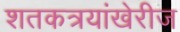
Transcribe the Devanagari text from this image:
शतकत्रयांखेरीज